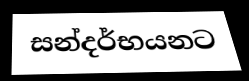
සන්දර්භයනට